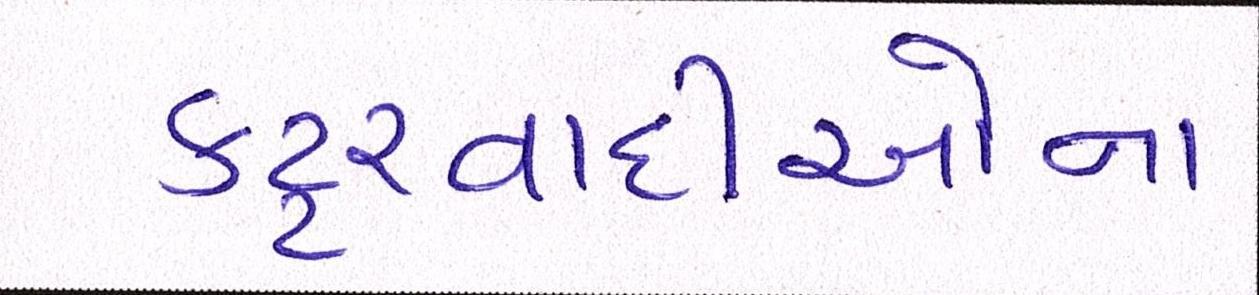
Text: કટ્ટરવાદીઓના